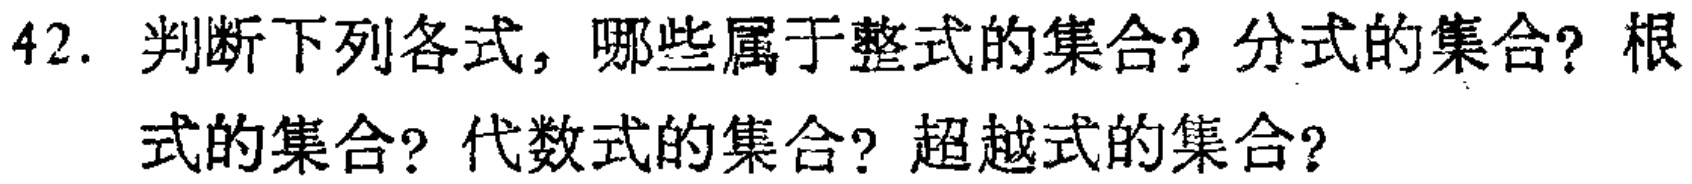
42. 判断下列各式，哪些属于整式的集合？分式的集合？根式的集合？代数式的集合？超越式的集合？